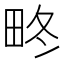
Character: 𤱞